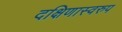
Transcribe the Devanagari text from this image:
दक्षिणास्वरुप